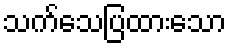
သက်သေပြထားသော